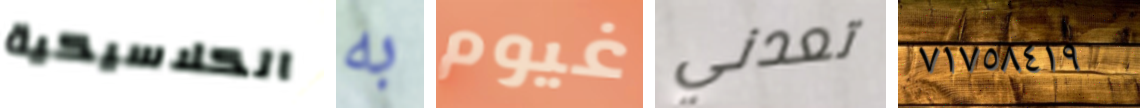
الكلاسيكية به غيوم تعدني ٧١٧٥٨٤١٩